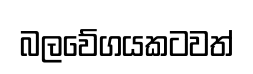
බලවේගයකටවත්